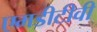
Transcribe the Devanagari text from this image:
एमडीटीवी